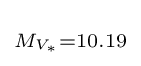
\scriptstyle M_{V_{\ast }}=10.19